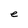
Character: e